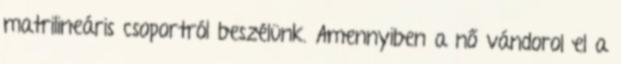
matrilineáris csoportról beszélünk. Amennyiben a nő vándorol el a